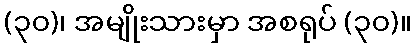
(၃၀)၊ အမျိုးသားမှာ အစရုပ် (၃၀)။